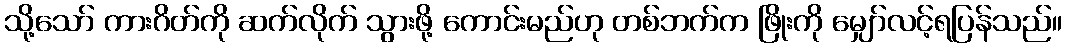
သို့သော် ကားဂိတ်ကို ဆက်လိုက် သွားဖို့ ကောင်းမည်ဟု တစ်ဘက်က ဖြိုးကို မျှော်လင့်ရပြန်သည်။